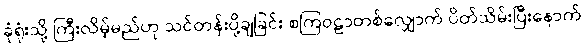
ခုံရုံးသို့ ကြီးလိမ့်မည်ဟု သင်တန်းပို့ချခြင်း စကြဝဠာတစ်လျှောက် ပိတ်သိမ်းပြီးနောက်